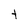
Character: t